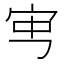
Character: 𡧥